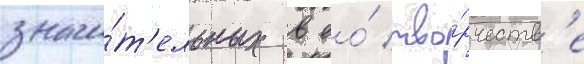
значи́т'ельных в ео́ тво́рчеств'е